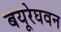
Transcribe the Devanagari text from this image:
बयूरेघवन